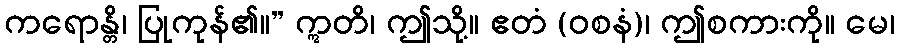
ကရောန္တိ၊ ပြုကုန်၏။” ဣတိ၊ ဤသို့။ ဧတံ (ဝစနံ)၊ ဤစကားကို။ မေ၊